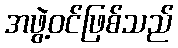
အဖွဲ့ဝင်ဖြစ်သည်